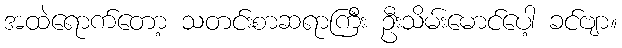
အထဲရောက်တော့ သတင်းစာဆရာကြီး ဦးသိမ်းမောင်ပေါ့ ခင်ဗျာ။